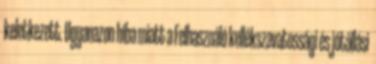
keletkezett. Ugyanazon hiba miatt a Felhasználó kellékszavatossági és jótállási